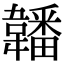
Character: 䪛